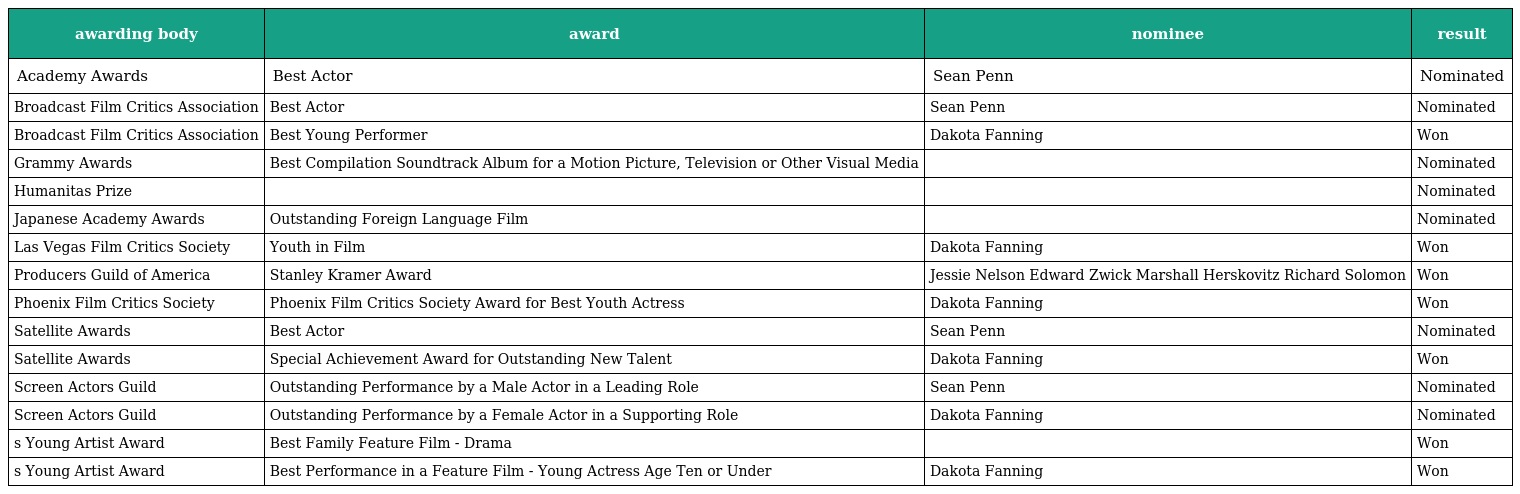
| awarding body | award | nominee | result |
 | --- | --- | --- | --- |
 | Academy Awards | Best Actor | Sean Penn | Nominated |
 | Broadcast Film Critics Association | Best Actor | Sean Penn | Nominated |
 | Broadcast Film Critics Association | Best Young Performer | Dakota Fanning | Won |
 | Grammy Awards | Best Compilation Soundtrack Album for a Motion Picture, Television or Other Visual Media |  | Nominated |
 | Humanitas Prize |  |  | Nominated |
 | Japanese Academy Awards | Outstanding Foreign Language Film |  | Nominated |
 | Las Vegas Film Critics Society | Youth in Film | Dakota Fanning | Won |
 | Producers Guild of America | Stanley Kramer Award | Jessie Nelson Edward Zwick Marshall Herskovitz Richard Solomon | Won |
 | Phoenix Film Critics Society | Phoenix Film Critics Society Award for Best Youth Actress | Dakota Fanning | Won |
 | Satellite Awards | Best Actor | Sean Penn | Nominated |
 | Satellite Awards | Special Achievement Award for Outstanding New Talent | Dakota Fanning | Won |
 | Screen Actors Guild | Outstanding Performance by a Male Actor in a Leading Role | Sean Penn | Nominated |
 | Screen Actors Guild | Outstanding Performance by a Female Actor in a Supporting Role | Dakota Fanning | Nominated |
 | s Young Artist Award | Best Family Feature Film - Drama |  | Won |
 | s Young Artist Award | Best Performance in a Feature Film - Young Actress Age Ten or Under | Dakota Fanning | Won |